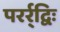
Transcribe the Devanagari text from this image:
परर्र्द्विः